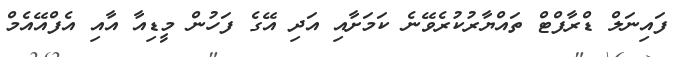
ފައިނަލް ޑްރާފްޓް ތައްޔާރުކުރެވޭނެ ކަމަށާއި އަދި އޭގެ ފަހުން މީޑިއާ އާއި އެފްއޭއެމް